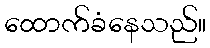
ထောက်ခံနေသည်။